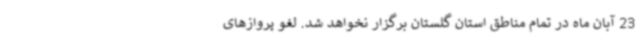
23 آبان ماه در تمام مناطق استان گلستان برگزار نخواهد شد. لغو پروازهای